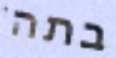
בתה